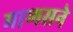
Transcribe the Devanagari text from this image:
माणसने